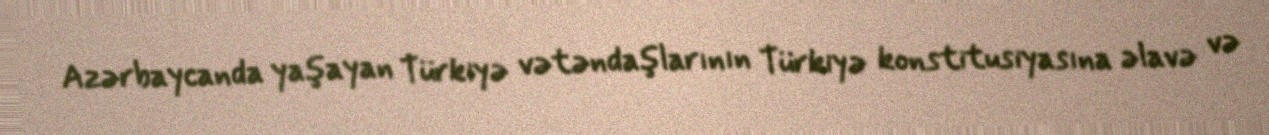
Azərbaycanda yaşayan Türkiyə vətəndaşlarının Türkiyə konstitusiyasına əlavə və